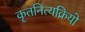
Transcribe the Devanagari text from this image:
कृतनित्यक्रियो